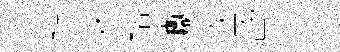
隨姝銘巘攻嵗豐